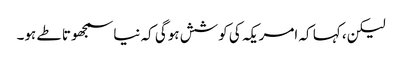
لیکن، کہا کہ امریکہ کی کوشش ہوگی کہ نیا سمجھوتا طے ہو۔